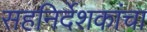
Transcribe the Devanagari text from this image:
सहनिर्देशकांचा